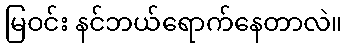
မြဝင်း နင်ဘယ်ရောက်နေတာလဲ။